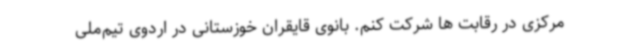
مرکزی در رقابت ها شرکت کنم. بانوی قایقران خوزستانی در اردوی تیم‌ملی